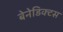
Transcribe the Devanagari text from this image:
बेनेडिक्टस